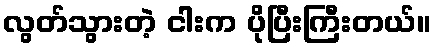
လွတ်သွားတဲ့ ငါးက ပိုပြီးကြီးတယ်။